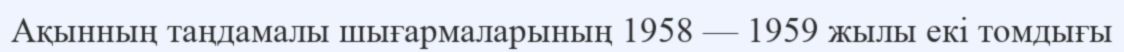
Ақынның таңдамалы шығармаларының 1958 — 1959 жылы екі томдығы